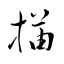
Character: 描